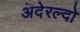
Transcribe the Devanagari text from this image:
अदेरल्दो